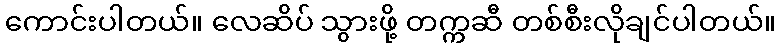
ကောင်းပါတယ်။ လေဆိပ် သွားဖို့ တက္ကဆီ တစ်စီးလိုချင်ပါတယ်။